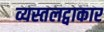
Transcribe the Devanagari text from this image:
व्यस्तलट्वाकार